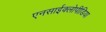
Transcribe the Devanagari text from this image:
एनसाईक्लोपीडिया